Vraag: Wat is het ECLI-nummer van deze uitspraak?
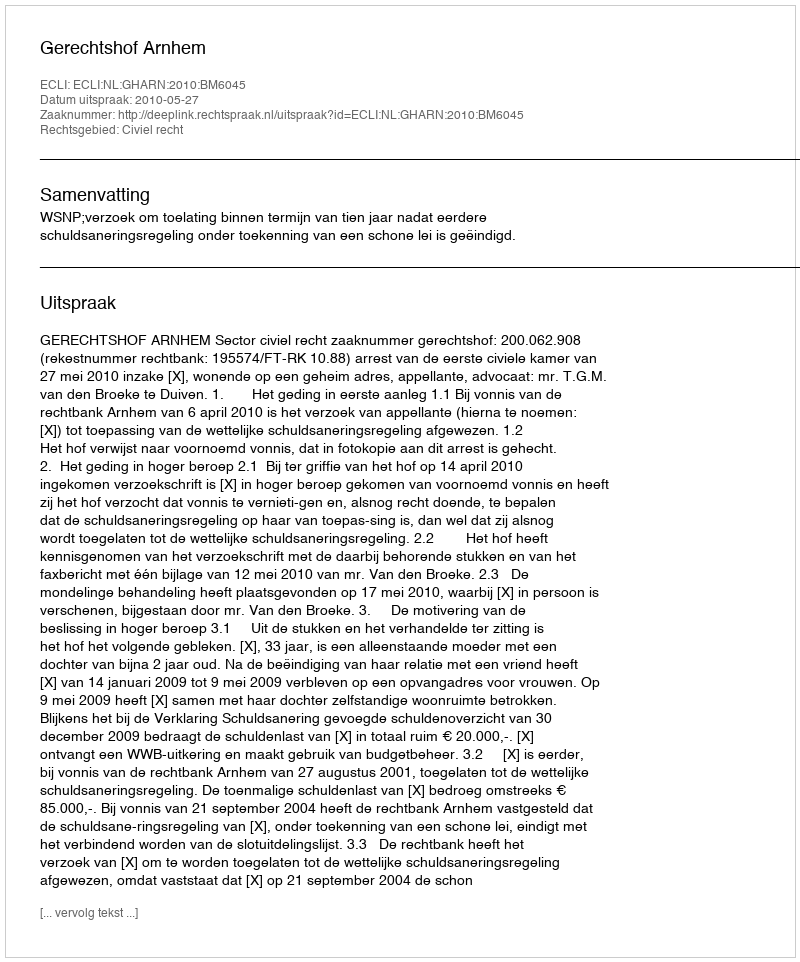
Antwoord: ECLI:NL:GHARN:2010:BM6045